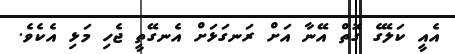
އެއީ ކަލޭގެ ގޮތް އޭނާ އަށް ރަނގަޅަށް އެނގޭތީ ޖެހި މަޅި އެކެވެ.